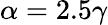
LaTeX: \alpha=2.5\gamma